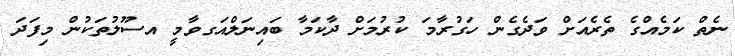
ނެތް ކަމެއްގެ ތެރެއަށް ވަދެގެން ހަގުރާމަ ކުރުމަށް ދާކަމާ ބައިނަލްއަގވާމީ އސޫލުތަކުން މިފަދަ